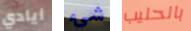
أيادي شيء بالحليب